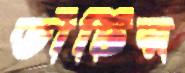
ডাঁটির